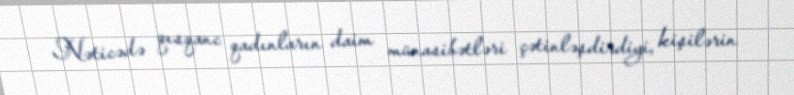
Nəticədə qısqanc qadınların daim münasibətləri çətinləşdirdiyi, kişilərin